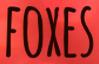
FOXES